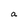
Character: a